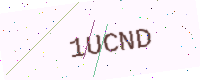
Text: 1UCND